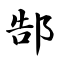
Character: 郜